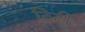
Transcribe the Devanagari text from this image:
टिटी